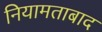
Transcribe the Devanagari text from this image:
नियामताबाद